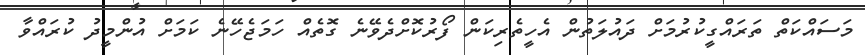
މަސައްކަތް ތަރައްގީކުރުމަށް ދައުލަތުން އެހީތެރިކަން ފޯރުކޮށްދެވޭނެ ގޮތެއް ހަމަޖެހޭނެ ކަމަށް އުންމީދު ކުރައްވާ